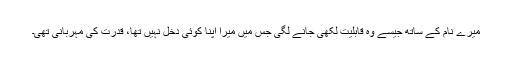
میرے نام کے ساتھ جیسے وہ قابلیت لکھی جانے لگی جس میں میرا اپنا کوئی دخل نہیں تھا، قدرت کی مہربانی تھی۔